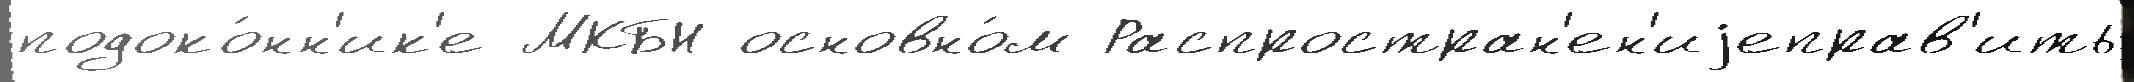
подоко́нн'ик'е МКБН основно́м Распростран'ен'иjеправ'ить